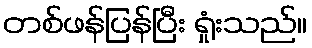
တစ်ဖန်ပြန်ပြီး ရှုံးသည်။